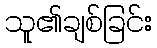
သူ၏ချစ်ခြင်း